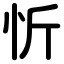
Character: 忻